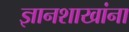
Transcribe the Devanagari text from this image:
ज्ञानशाखांना